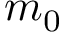
m _ { 0 }